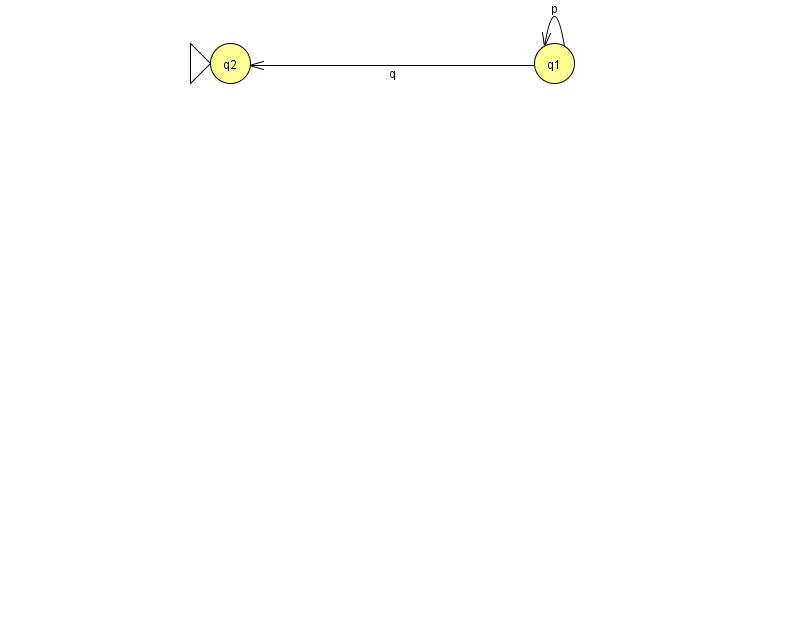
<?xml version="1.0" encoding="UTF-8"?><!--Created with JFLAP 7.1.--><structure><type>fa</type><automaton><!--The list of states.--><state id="1" name="q1"><x>554.0</x><y>50.0</y></state><state id="2" name="q2"><x>230.0</x><y>50.0</y><initial/></state><!--The list of transitions.--><transition><from>1</from><to>1</to><read>p</read></transition><transition><from>1</from><to>2</to><read>q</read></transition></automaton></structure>